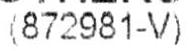
(872981-V)